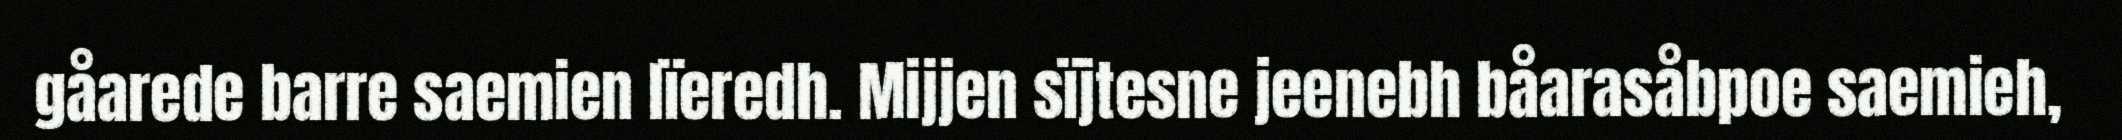
gåarede barre saemien lïeredh. Mijjen sïjtesne jeenebh båarasåbpoe saemieh,